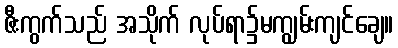
ဇီးကွက်သည် အသိုက် လုပ်ရာ၌မကျွမ်းကျင်ချေ။